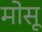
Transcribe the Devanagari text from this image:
मोसू